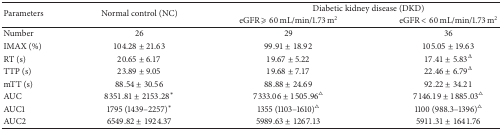
| <ROWSPAN=2> Parameters | <ROWSPAN=2> Normal control (NC) | <COLSPAN=2> Diabetic kidney disease (DKD) |
 | eGFR ⩾ 60 mL/min/1.73 m2 | eGFR < 60 mL/min/1.73 m2 |
 | --- | --- | --- | --- |
 | Number | 26 | 29 | 36 |
 | IMAX (%) | 104.28 ± 21.63 | 99.91 ± 18.92 | 105.05 ± 19.63 |
 | RT (s) | 20.65 ± 6.17 | 19.67 ± 5.22 | 17.41 ± 5.83Δ |
 | TTP (s) | 23.89 ± 9.05 | 19.68 ± 7.17 | 22.46 ± 6.79Δ |
 | mTT (s) | 88.54 ± 30.56 | 88.88 ± 24.69 | 92.22 ± 34.21 |
 | AUC | 8351.81 ± 2153.28* | 7333.06 ± 1505.96∆ | 7146.19 ± 1885.03∆ |
 | AUC1 | 1795 (1439–2257)* | 1355 (1103–1610)∆ | 1100 (988.3–1396)∆ |
 | AUC2 | 6549.82 ± 1924.37 | 5989.63 ± 1267.13 | 5911.31 ± 1641.76 |